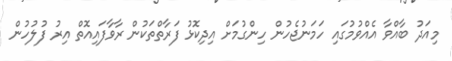
މިއަދު ބާއްވާ އެއްވުމުގައި ހަމަނުޖެހުން ހިންގުމަށް އިދިކޮޅު ފަރާތްތަކުން ރާވާފައިއޮތް އިރު ފުލުހުން